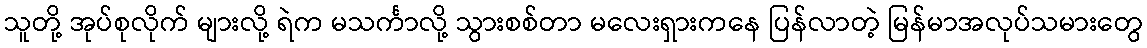
သူတို့ အုပ်စုလိုက် များလို့ ရဲက မသင်္ကာလို့ သွားစစ်တာ မလေးရှားကနေ ပြန်လာတဲ့ မြန်မာအလုပ်သမားတွေ